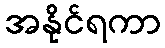
အနိုင်ရကာ